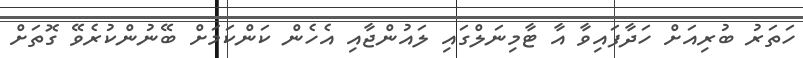
ހަތަރު ބުރިއަށް ހަދާފައިވާ އާ ޓާމިނަލްގައި ލައުންޖާއި އެހެން ކަންކަމަށް ބޭނުންކުރެވޭ ގޮތަށް